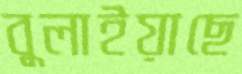
বুলাইয়াছে